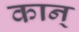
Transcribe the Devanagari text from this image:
कान्‌